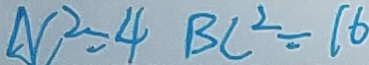
A C ^ { 2 } = 4 B C ^ { 2 } = 1 6